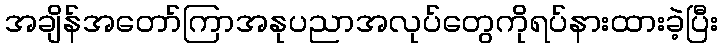
အချိန်အတော်ကြာအနုပညာအလုပ်တွေကိုရပ်နားထားခဲ့ပြီး